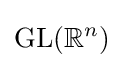
\mathrm {GL} (\mathbb {R} ^{n})